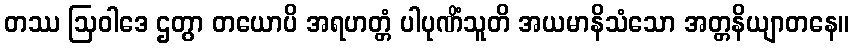
တဿ ဩဝါဒေ ဌတွာ တယောပိ အရဟတ္တံ ပါပုဏိံသူတိ အယမာနိသံသော အတ္တနိယျာတနေ။